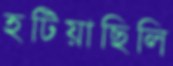
হটিয়াছিলি